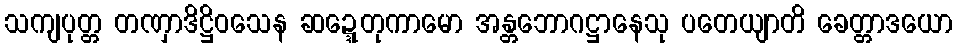
သကျပုတ္တ တဏှာဒိဋ္ဌိဝသေန ဆဍ္ဍေတုကာမော အန္တဘောဂဋ္ဌာနေသု ပတေယျာတိ ခေတ္တာဒယော